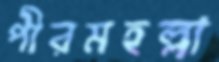
পীরমহল্লা